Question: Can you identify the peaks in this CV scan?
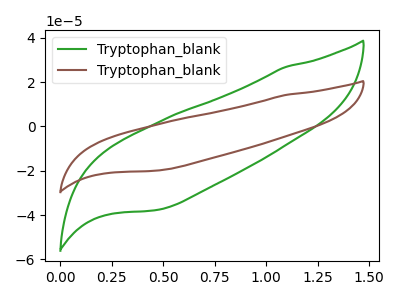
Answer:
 <answer>The green curve "Tryptophan_blank1" has no peaks. The brown curve "Tryptophan_blank2" has no peaks.</answer>
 <eval></eval>